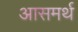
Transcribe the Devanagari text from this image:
आसमर्थ